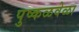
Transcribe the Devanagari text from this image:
पुष्कळवेळा